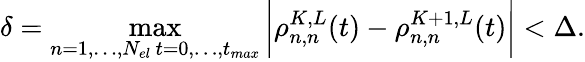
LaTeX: \delta=\operatorname*{max}_{\substack{n=1,\ldots,N_{el}\, t=0,\ldots,t_{max}}}\bigg|\rho_{n,n}^{K,L}(t)-\rho_{n,n}^{K+1,L}(t)\bigg|<\Delta.